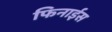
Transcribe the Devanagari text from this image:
फिनाईस